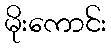
မိုးကောင်း